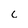
Character: c